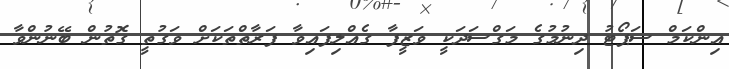
އިންކަމް ސަޕޯޓު ދިނުމުގެ މަގްސަދަކީ ވަޒީފާ ގެއްލިފައިވާ ފަރާތްތަކަށް ވަގުތީ ގޮތުން ބޭނުންވާ